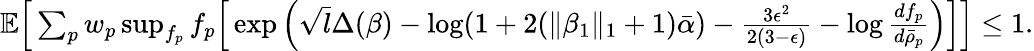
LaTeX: \begin{array}{r}{\mathbb{E}\Big[\sum_{p}w_{p}\operatorname*{sup}_{f_{p}}f_{p}\Big[\exp\Big(\sqrt{l}\Delta(\beta)-\log(1+2(\| \beta_{1}\| _{1}+1)\bar{\alpha})-\frac{3\epsilon^{2}}{2(3-\epsilon)}-\log\frac{df_{p}}{d\bar{\rho}_{p}}\Big)\Big]\Big]\leq 1.}\end{array}